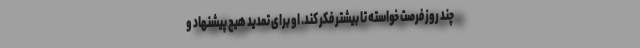
چند روز فرصت خواسته تا بیشتر فکر کند. او برای تمدید هیچ پیشنهاد و